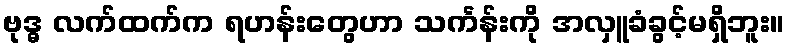
ဗုဒ္ဓ လက်ထက်က ရဟန်းတွေဟာ သင်္ကန်းကို အလှူခံခွင့်မရှိဘူး။